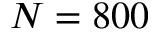
N = 8 0 0